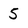
Character: 5